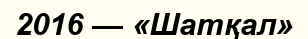
2016 — «Шатқал»